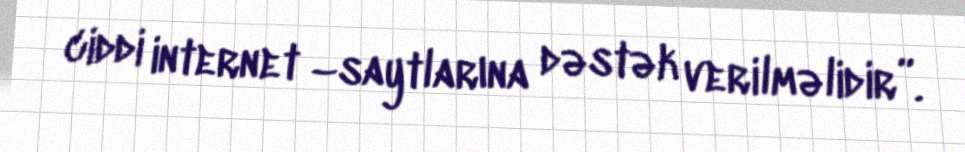
ciddi internet –saytlarına dəstək verilməlidir”.